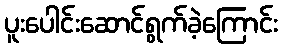
ပူးပေါင်းဆောင်ရွက်ခဲ့ကြောင်း